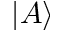
| A \rangle